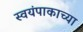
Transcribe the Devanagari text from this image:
स्वयंपाकाच्या